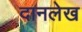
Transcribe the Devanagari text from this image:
दानलेख